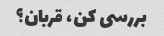
بررسی کن، قربان؟